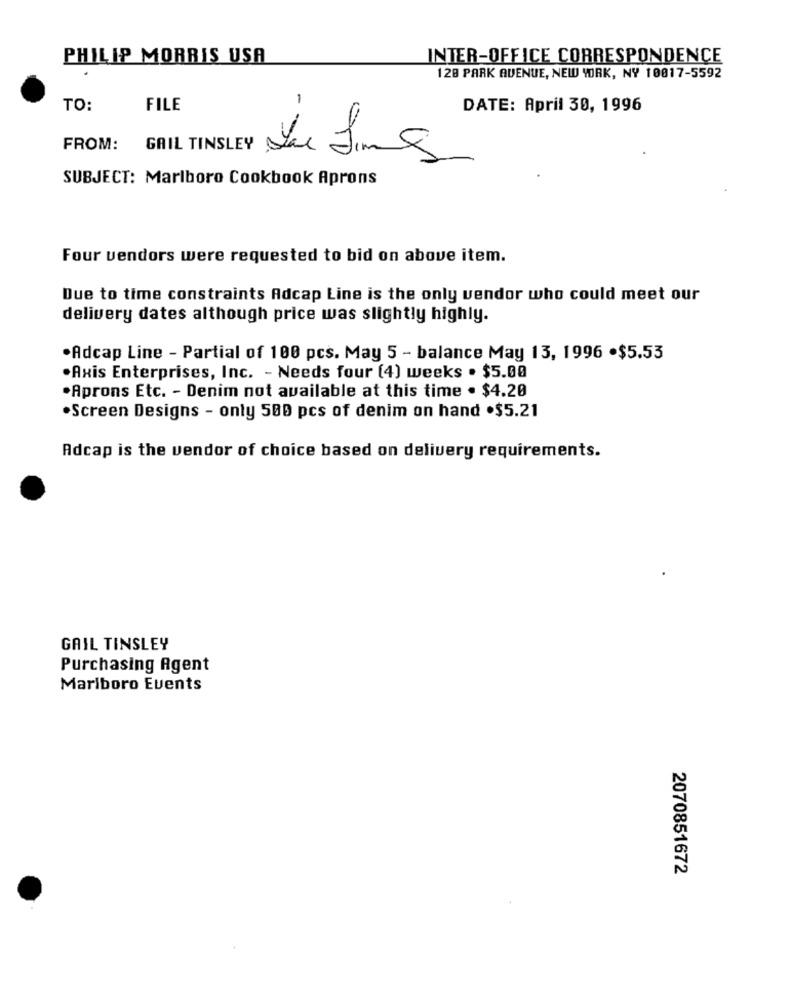
PHILIP MORRIS USA
INTER-OFFICE CORRESPONDENCE
128 PARK QUENUE, NEW YORK, NY 10017-5592
-
TO:
FILE
DATE: April 30, 1996
FROM:
Lu finns
SUBJECT: Marlboro Cookbook Aprons
Four vendors were requested to bid on above item.
Due to time constraints Adcap Line is the only vendor who could meet our
delivery dates although price was slightly highly.
Adcap Line - Partial of 100 pcs. May 5 - balance May 13, 1996 .$5.53
.Axis Enterprises, Inc. - Needs four (4) weeks . $5.00
Aprons Etc. - Denim not available at this time . $4.20
.Screen Designs - only 500 pcs of denim on hand .$5.21
Adcap is the vendor of choice based on delivery requirements.
GAIL TINSLEY
Purchasing Agent
Marlboro Events
2070851672